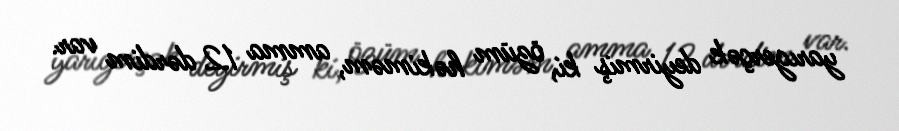
yarıgerçək deyirmiş ki, özüm həkiməm, amma 12 dərdim var.